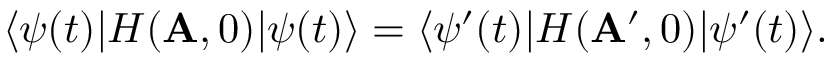
\langle \psi ( t ) | H ( { \bf A } , 0 ) | \psi ( t ) \rangle = \langle \psi ^ { \prime } ( t ) | H ( { \bf A } ^ { \prime } , 0 ) | \psi ^ { \prime } ( t ) \rangle .